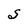
Character: S